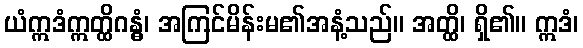
ယံဣဒံဣတ္ထိဂန္ဓံ၊ အကြင်မိန်းမ၏အနံ့သည်။ အတ္ထိ၊ ရှိ၏။ ဣဒံ၊